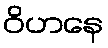
ဝိဟနေ